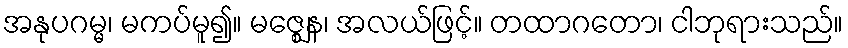
အနုပဂမ္မ၊ မကပ်မူ၍။ မဇ္ဈေန၊ အလယ်ဖြင့်။ တထာဂတော၊ ငါဘုရားသည်။